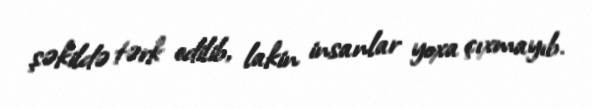
şəkildə tərk edilib, lakin insanlar yoxa çıxmayıb.